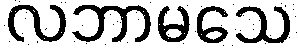
လဘာမသေ